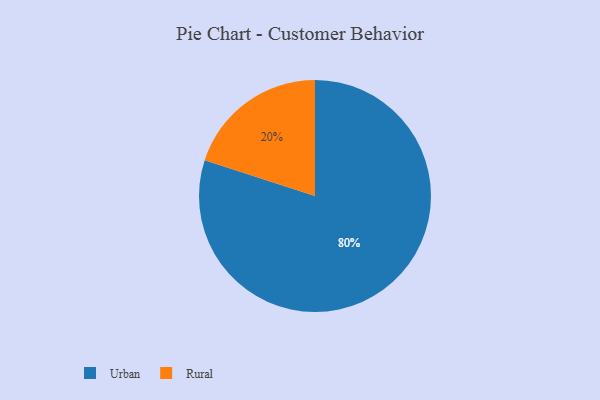
{"axis": {"x": "Category", "y": "Percentage"}, "legend": ["Rural", "Urban"], "data": [{"x": "Urban", "y": 80, "type": "Urban"}, {"x": "Rural", "y": 20, "type": "Rural"}]}